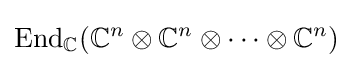
\mathrm {End} _{\mathbb {C} }(\mathbb {C} ^{n}\otimes \mathbb {C} ^{n}\otimes \cdots \otimes \mathbb {C} ^{n})